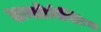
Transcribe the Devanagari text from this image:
अनडोमेस्टिक